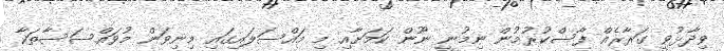
ވިދާޅުވީ ގަރާރެއް ފާސްކުރުމުން ނިމުނީ ނޫން ކަމަށާއި މި މައްސަލައިގައި މިނިވަން މުޥައްސަސާތަކާ